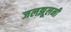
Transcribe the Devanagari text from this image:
जलझूलनी